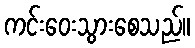
ကင်းဝေးသွားစေသည်။